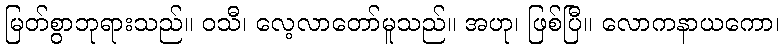
မြတ်စွာဘုရားသည်။ ဝသီ၊ လေ့လာတော်မူသည်။ အဟု၊ ဖြစ်ပြီ။ လောကနာယကော၊